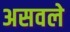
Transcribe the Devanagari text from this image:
असवले